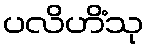
ပလိဟိံသု